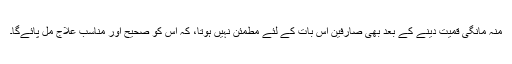
مُنہ مانگی قمیت دینے کے بعد بھی صارفین اِس بات کے لئے مطمئن نہیں ہوتا، کہ اُس کو صحیح اَور مناسب علاج مِل پائے‌گا۔